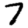
Digit: 7